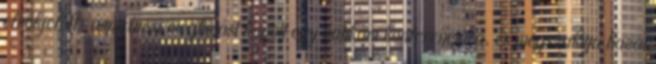
elnökjelölt-aspiránsa meghívást kapott egy vatikáni konferenciára, és megszakítja hazai